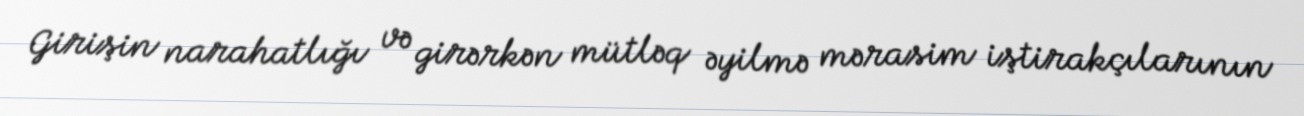
Girişin narahatlığı və girərkən mütləq əyilmə mərasim iştirakçılarının